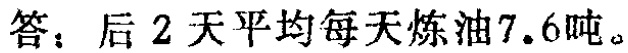
答：后 2 天平均每天炼油7.6吨。